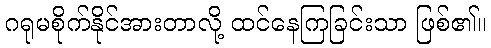
ဂရုမစိုက်နိုင်အားတာလို့ ထင်နေကြခြင်းသာ ဖြစ်၏။